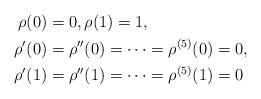
\begin{align*}\rho(0) &= 0,\rho(1)=1, \\\rho'(0) &= \rho''(0) = \cdots = \rho^{(5)}(0) = 0, \\\rho'(1) &= \rho''(1) = \cdots = \rho^{(5)}(1) = 0\end{align*}